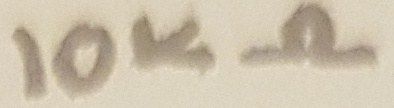
Text: 10KΩ